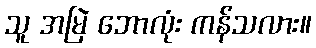
သူ အမြဲ ဘောလုံး ကန်သလား။